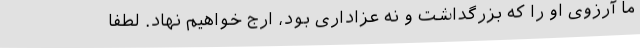
ما آرزوی او را که بزرگداشت و نه عزاداری بود، ارج خواهیم نهاد. لطفاً